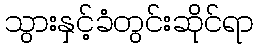
သွားနှင့်ခံတွင်းဆိုင်ရာ